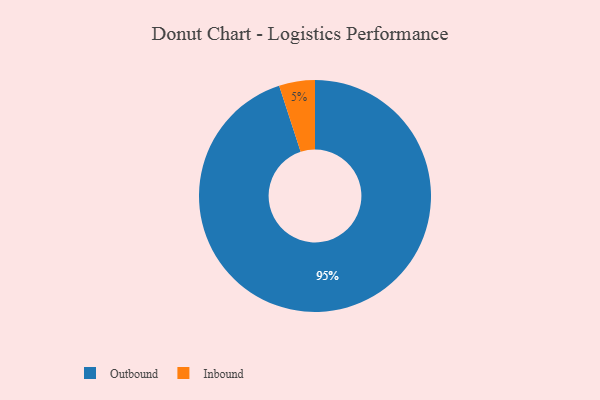
{"axis": {"x": "Category", "y": "Percentage"}, "legend": ["Inbound", "Outbound"], "data": [{"x": "Inbound", "y": 5, "type": "Inbound"}, {"x": "Outbound", "y": 95, "type": "Outbound"}]}